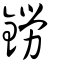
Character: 鐒